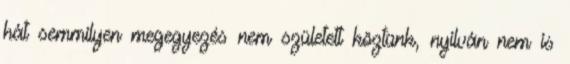
hát semmilyen megegyezés nem született köztünk, nyilván nem is